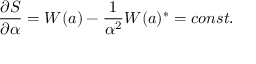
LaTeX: \frac { \partial S } { \partial \alpha } = W ( a ) - \frac { 1 } { \alpha ^ { 2 } } W ( a ) ^ { \ast } = c o n s t .